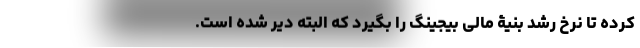
کرده تا نرخِ رشدِ بنیۀ مالی بیجینگ را بگیرد که البته دیر شده است.